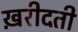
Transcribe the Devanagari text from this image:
ख़रीदती